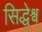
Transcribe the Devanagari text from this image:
सिद्धेश्व